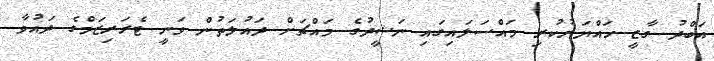
އަބްދު ގާޒީ ހައްޔަރުކުރި މައްސަލައިގައި ނަޝީދުގެ މައްޗަށް ދައުލަތުން ވަނީ ޓެރަރިޒަމްގެ ދައުވާ